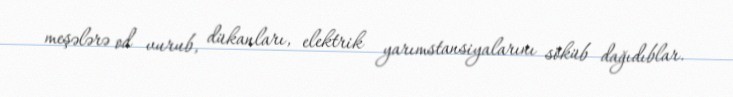
meşələrə od vurub, dükanları, elektrik yarımstansiyalarını söküb dağıdıblar.